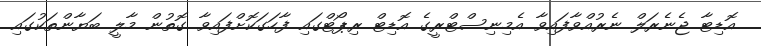
އޮޑިޓާ ޖެނެރަލް ނެރުއްވާފައިވާ އެމިނިސްޓްރީގެ އޮޑިޓް ރިޕޯޓްގައި ފާހަގަކޮށްފައިވާ ގޮތުން މާލީ ބަޔާންތަކުގައި